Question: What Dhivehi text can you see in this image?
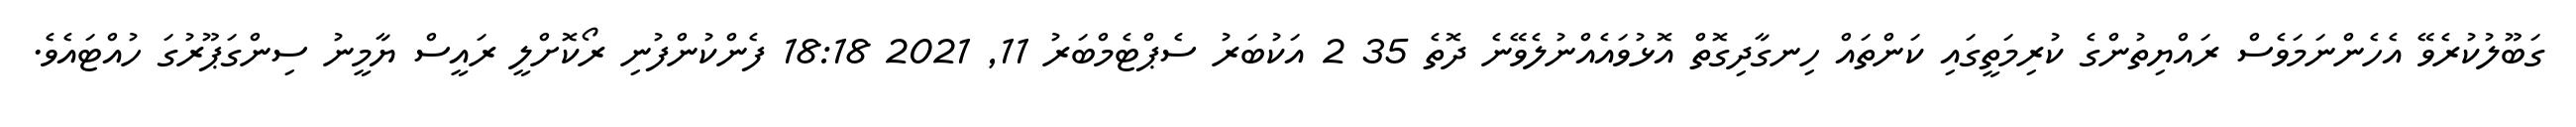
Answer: ގަބޫލުކުރެވޭ އެހެންނަމަވެސް ރައްޔިތުންގެ ކުރިމަތީގައި ކަންތައް ހިނގާދިގޮތް އޮޅުވައެއްނުލެވޭނެ ދޮތެ 35 2 އަކުބަރު ސެޕްޓެމްބަރު 11, 2021 18:18 ފެންކުންފުނި ރޯކޮށްލީ ރައީސް ޔާމީނު ސިންގަޕޫރުގަ ހުއްޓައެވެ.